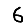
Digit: 6